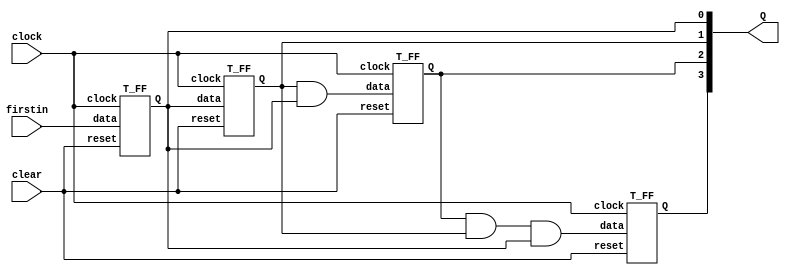
`timescale 1ns / 1ps
//////////////////////////////////////////////////////////////////////////////////
// Company: 
// Engineer: 
// 
// Design Name: 
// Module Name: myCounter
// Project Name: 
// Target Devices: 
// Tool Versions: 
// Description: 
// 
// Dependencies: 
// 
// Revision:
// Revision 0.01 - File Created
// Additional Comments:
// 
//////////////////////////////////////////////////////////////////////////////////


module myCounter(
    output [3:0] Q,
    input firstin,
    input clock,
    input clear
    );
    
wire OUT1, OUT2; 
  
    and Q2 (OUT1 , Q[2], Q[1], Q[0]);  
    and Q3 (OUT2 , Q[1], Q[0]);    
        
    T_FF tff0(Q[0], firstin, clock, clear);    
    T_FF tff1(Q[1], Q[0], clock, clear);    
    T_FF tff2(Q[2], OUT2, clock, clear);    
    T_FF tff3(Q[3], OUT1, clock, clear);    
         
    endmodule
    
    module T_FF(
        output reg Q = 1'b0,
        input data, 
        input clock,
        input reset
        ); 
    
    always @ (posedge clock)
    begin
    if (!reset) begin
      if(data) 
        Q <= ~Q;
      else
        Q <= Q;
        end
    else
        Q <= 1'b0;
    
    end        
    endmodule